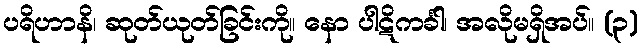
ပရိဟာနိ၊ ဆုတ်ယုတ်ခြင်းကို။ နော ပါဋိကင်္ခါ၊ အလိုမရှိအပ်။ (၃)